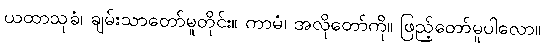
ယထာသုခံ၊ ချမ်းသာတော်မူတိုင်း။ ကာမံ၊ အလိုတော်ကို။ ဖြည့်တော်မူပါလော။